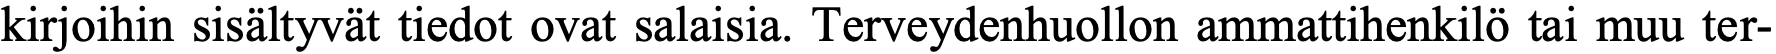
kirjoihin sisältyvät tiedot ovat salaisia. Terveydenhuollon ammattihenkilö tai muu ter-